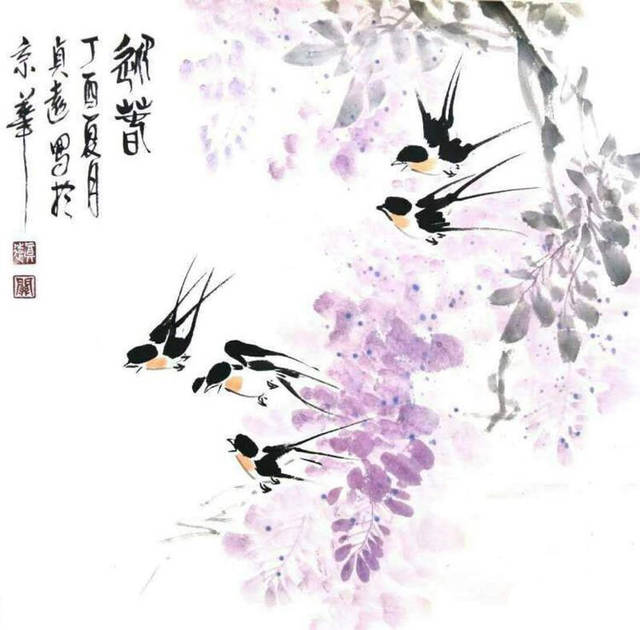
几处早莺争暖树，谁家新燕啄春泥。